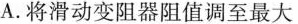
A.将滑动变阻器阻值调至最大